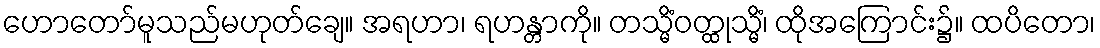
ဟောတော်မူသည်မဟုတ်ချေ။ အရဟာ၊ ရဟန္တာကို။ တသ္မိံဝတ္ထုသ္မိံ၊ ထိုအကြောင်း၌။ ထပိတော၊